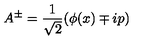
A ^ { \pm } = \frac { 1 } { \sqrt { 2 } } ( \phi ( x ) \mp i p )